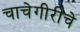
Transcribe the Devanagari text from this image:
चाचेगीरीचे